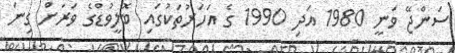
ސަންޖޭ ވަނީ 1980 އަދި 1990 ގެ އަހަރުތަކުގައި ބޮލީވުޑްގެ ވަރަށް ގިނަ